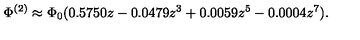
\Phi ^ { ( 2 ) } \approx \Phi _ { 0 } ( 0 . 5 7 5 0 z - 0 . 0 4 7 9 z ^ { 3 } + 0 . 0 0 5 9 z ^ { 5 } - 0 . 0 0 0 4 z ^ { 7 } ) .